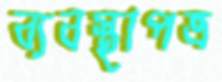
ব্যবস্থাপত্র